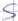
Text: S